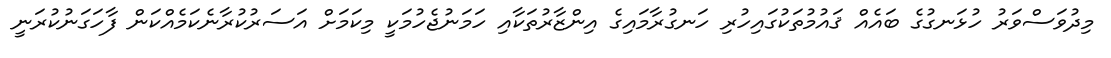
މިދުވަސްވަރު ހުޅަނގުގެ ބައެއް ޤައުމުތަކުގައިހުރި ހަނގުރާމައިގެ އިންޒާރުތަކާއި ހަމަނުޖެހުމަކީ މިކަމަށް އަސަރުކުރާނެކަމެއްކަން ފާހަގަނުކުރަނީ